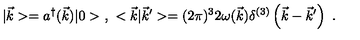
| \vec { k } > = a ^ { \dagger } ( \vec { k } ) | 0 > \ , \ < \vec { k } | \vec { k } ^ { \prime } > = ( 2 \pi ) ^ { 3 } 2 \omega ( \vec { k } ) \delta ^ { ( 3 ) } \left( \vec { k } - \vec { k } ^ { \prime } \right) \ .